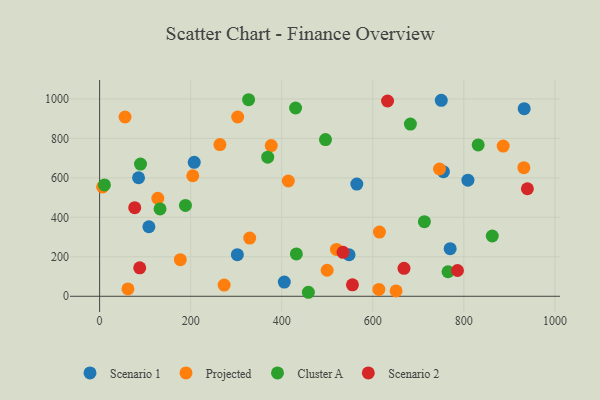
{"axis": {"x": "Distance", "y": "Yield"}, "legend": ["Cluster A", "Projected", "Scenario 1", "Scenario 2"], "data": [{"x": "755.1", "y": 631.6, "type": "Scenario 1"}, {"x": "302.5", "y": 210.7, "type": "Scenario 1"}, {"x": "207.8", "y": 678.7, "type": "Scenario 1"}, {"x": "108.2", "y": 352.3, "type": "Scenario 1"}, {"x": "808.9", "y": 588.1, "type": "Scenario 1"}, {"x": "750.4", "y": 992.7, "type": "Scenario 1"}, {"x": "405.6", "y": 71.9, "type": "Scenario 1"}, {"x": "564.9", "y": 568.3, "type": "Scenario 1"}, {"x": "547.9", "y": 210.4, "type": "Scenario 1"}, {"x": "85.5", "y": 600.5, "type": "Scenario 1"}, {"x": "932.5", "y": 950.6, "type": "Scenario 1"}, {"x": "769.9", "y": 241.4, "type": "Scenario 1"}, {"x": "613.3", "y": 34.6, "type": "Projected"}, {"x": "6.6", "y": 554.0, "type": "Projected"}, {"x": "499.7", "y": 132.0, "type": "Projected"}, {"x": "414.5", "y": 584.1, "type": "Projected"}, {"x": "376.9", "y": 763.4, "type": "Projected"}, {"x": "62.2", "y": 37.5, "type": "Projected"}, {"x": "614.6", "y": 325.4, "type": "Projected"}, {"x": "264.2", "y": 768.7, "type": "Projected"}, {"x": "204.6", "y": 610.7, "type": "Projected"}, {"x": "177.2", "y": 185.3, "type": "Projected"}, {"x": "931.8", "y": 651.6, "type": "Projected"}, {"x": "303.2", "y": 908.3, "type": "Projected"}, {"x": "886.4", "y": 761.3, "type": "Projected"}, {"x": "520.2", "y": 237.4, "type": "Projected"}, {"x": "55.8", "y": 908.3, "type": "Projected"}, {"x": "273.5", "y": 56.8, "type": "Projected"}, {"x": "127.8", "y": 496.1, "type": "Projected"}, {"x": "651.1", "y": 27.2, "type": "Projected"}, {"x": "746.5", "y": 645.0, "type": "Projected"}, {"x": "329.6", "y": 295.1, "type": "Projected"}, {"x": "496.1", "y": 793.8, "type": "Cluster A"}, {"x": "432.1", "y": 214.7, "type": "Cluster A"}, {"x": "369.2", "y": 704.8, "type": "Cluster A"}, {"x": "862.4", "y": 305.4, "type": "Cluster A"}, {"x": "188.5", "y": 460.2, "type": "Cluster A"}, {"x": "831.4", "y": 766.7, "type": "Cluster A"}, {"x": "327.2", "y": 995.9, "type": "Cluster A"}, {"x": "713.3", "y": 378.0, "type": "Cluster A"}, {"x": "682.6", "y": 872.4, "type": "Cluster A"}, {"x": "10.6", "y": 564.0, "type": "Cluster A"}, {"x": "132.7", "y": 442.6, "type": "Cluster A"}, {"x": "458.5", "y": 20.3, "type": "Cluster A"}, {"x": "89.8", "y": 670.1, "type": "Cluster A"}, {"x": "430.4", "y": 954.0, "type": "Cluster A"}, {"x": "765.2", "y": 124.3, "type": "Cluster A"}, {"x": "786.0", "y": 130.7, "type": "Scenario 2"}, {"x": "77.1", "y": 448.7, "type": "Scenario 2"}, {"x": "668.5", "y": 141.9, "type": "Scenario 2"}, {"x": "534.6", "y": 222.5, "type": "Scenario 2"}, {"x": "939.5", "y": 544.8, "type": "Scenario 2"}, {"x": "632.4", "y": 989.5, "type": "Scenario 2"}, {"x": "88.1", "y": 144.4, "type": "Scenario 2"}, {"x": "555.3", "y": 57.9, "type": "Scenario 2"}]}